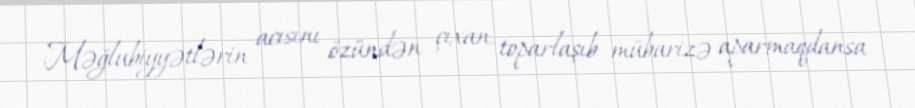
Məğlubiyyətlərin acısını özündən çıxan, toparlaşıb mübarizə aparmaqdansa